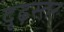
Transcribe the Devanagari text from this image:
दृढ़स्तर